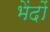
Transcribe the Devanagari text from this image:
भेंदों